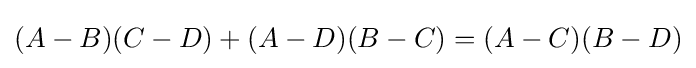
(A-B)(C-D)+(A-D)(B-C)=(A-C)(B-D)